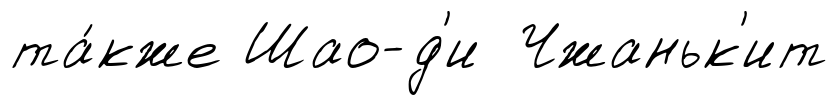
та́кже Шао-д'и Чжаньк'ит